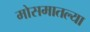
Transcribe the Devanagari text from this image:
मोसमातल्या